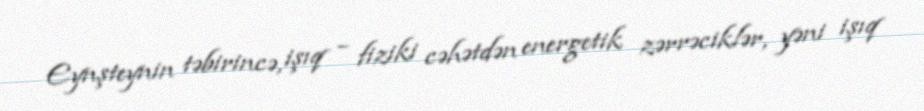
Eynşteynin təbirincə, işıq – fiziki cəhətdən energetik zərrəciklər, yəni işıq